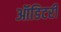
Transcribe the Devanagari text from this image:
ऑडिटरी